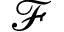
\mathcal { F }